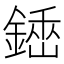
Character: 𨪺